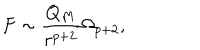
LaTeX: F \sim { \frac { Q _ { M } } { r ^ { p + 2 } } } \Omega _ { p + 2 } ,